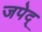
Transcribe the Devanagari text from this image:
जपेद्